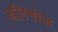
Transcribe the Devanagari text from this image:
बलिभोज